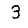
Digit: 3